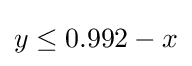
y\leq 0.992-x